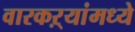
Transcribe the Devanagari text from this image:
वारकऱ्यांमध्ये